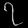
Digit: ၇